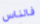
فالناس